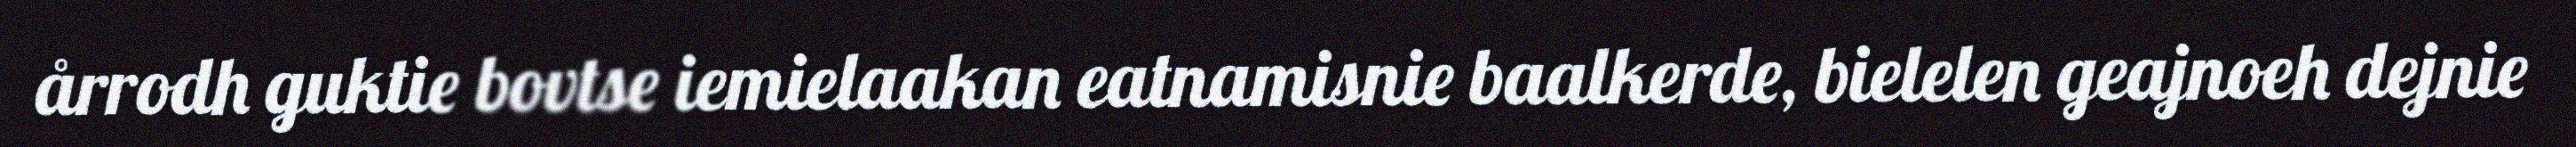
årrodh guktie bovtse iemielaakan eatnamisnie baalkerde, bielelen geajnoeh dejnie